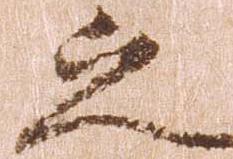
之